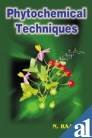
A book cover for Phytochemical Techniques; N. Raaman; Health, Fitness & Dieting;